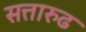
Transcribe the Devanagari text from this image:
सत्तारुढ